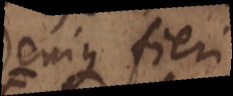
Denique fieri